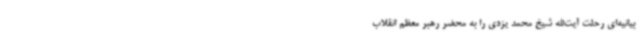
بیانیه‌ای رحلت آیت‌الله شیخ محمد یزدی را به محضر رهبر معظم انقلاب